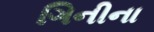
ગિનીના